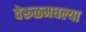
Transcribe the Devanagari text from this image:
वेरूळमधल्या